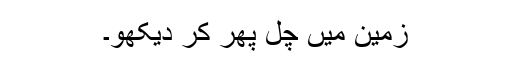
زمین میں چل پھر کر دیکھو۔